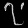
Digit: ၇